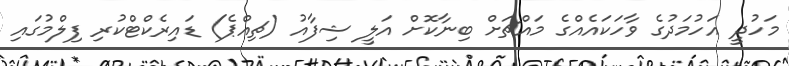
މަހުދީ އަހުމަދުގެ ވާހަކައެއްގެ މައްޗަށް ބިނާކޮށް އަލީ ޝިފާއު (ޗިއްޕެ) ޑައިރެކްޓްކުރި ފިލްމުގައި